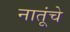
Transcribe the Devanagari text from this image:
नातूंचे